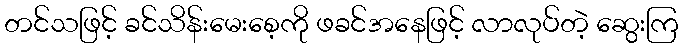
တင်သဖြင့် ခင်သိန်းမေးစေ့ကို ဖခင်အနေဖြင့် လာလုပ်တဲ့ ဆွေးကြ